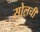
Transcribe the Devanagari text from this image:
सोलची